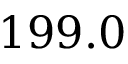
1 9 9 . 0